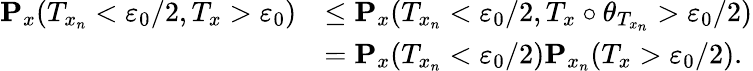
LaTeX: \begin{array}{rl}{\mathbf{P}_{x}(T_{x_{n}}<\varepsilon_{0}/2,T_{x}>\varepsilon_{0})}&{\leq\mathbf{P}_{x}(T_{x_{n}}<\varepsilon_{0}/2,T_{x}\circ\theta_{T_{x_{n}}}>\varepsilon_{0}/2)}\\ &{=\mathbf{P}_{x}(T_{x_{n}}<\varepsilon_{0}/2)\mathbf{P}_{x_{n}}(T_{x}>\varepsilon_{0}/2).}\end{array}